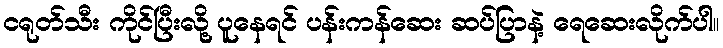
ငရုတ်သီး ကိုင်ပြီးလို့ ပူနေရင် ပန်းကန်ဆေး ဆပ်ပြာနဲ့ ရေဆေးလိုက်ပါ။